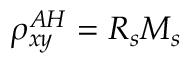
\rho _ { x y } ^ { A H } = R _ { s } M _ { s }